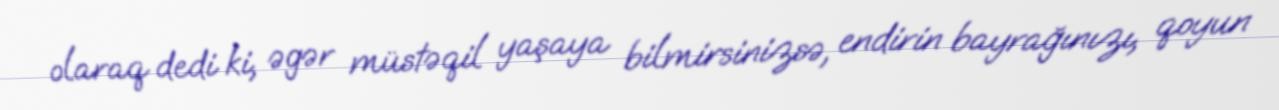
olaraq dedi ki, əgər müstəqil yaşaya bilmirsinizsə, endirin bayrağınızı, qoyun